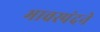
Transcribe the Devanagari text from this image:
भावस्पंदने